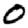
Digit: 0